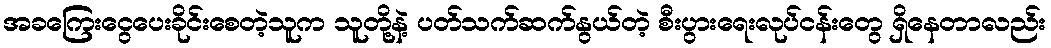
အခကြေးငွေပေးခိုင်းစေတဲ့သူက သူတို့နဲ့ ပတ်သက်ဆက်နွယ်တဲ့ စီးပွားရေးလုပ်ငန်းတွေ ရှိနေတာလည်း